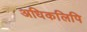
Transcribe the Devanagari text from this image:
अधिकलिपि